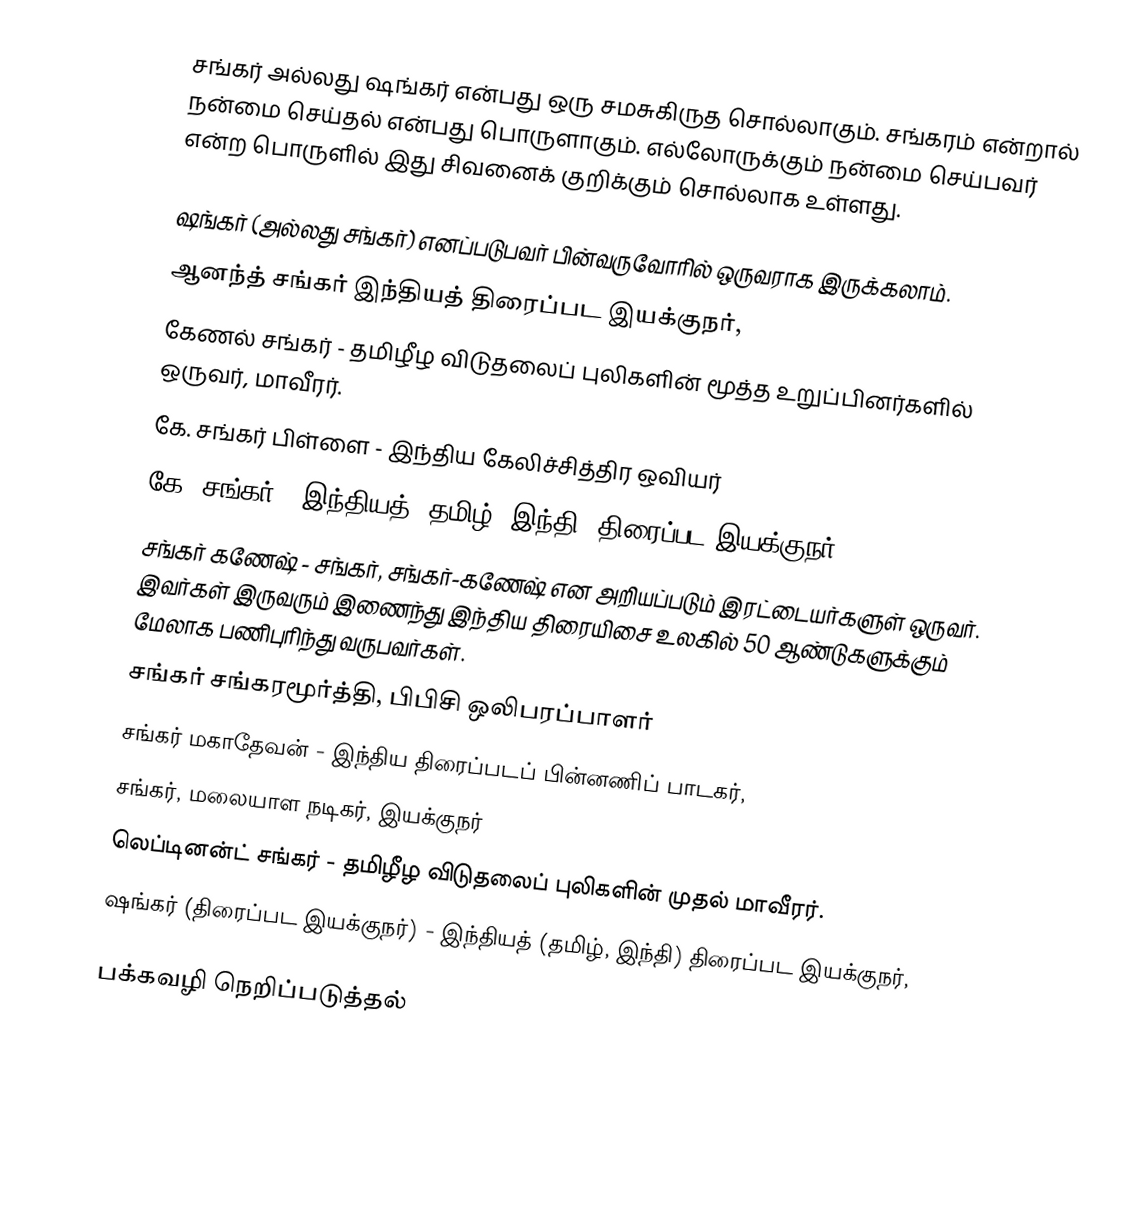
சங்கர் அல்லது ஷங்கர் என்பது ஒரு சமசுகிருத சொல்லாகும். சங்கரம் என்றால் நன்மை செய்தல் என்பது பொருளாகும். எல்லோருக்கும் நன்மை செய்பவர் என்ற பொருளில் இது சிவனைக் குறிக்கும் சொல்லாக உள்ளது.

ஷங்கர் (அல்லது சங்கர்) எனப்படுபவர் பின்வருவோரில் ஒருவராக இருக்கலாம்.
 ஆனந்த் சங்கர் இந்தியத்  திரைப்பட இயக்குநர்,
 கேணல் சங்கர் - தமிழீழ விடுதலைப் புலிகளின் மூத்த உறுப்பினர்களில் ஒருவர், மாவீரர்.
 கே. சங்கர் பிள்ளை - இந்திய கேலிச்சித்திர ஒவியர்
 கே. சங்கர் - இந்தியத் (தமிழ், இந்தி) திரைப்பட இயக்குநர்
 சங்கர் கணேஷ் - சங்கர், சங்கர்-கணேஷ் என அறியப்படும் இரட்டையர்களுள் ஒருவர். இவர்கள் இருவரும் இணைந்து இந்திய திரையிசை உலகில் 50 ஆண்டுகளுக்கும் மேலாக பணிபுரிந்து வருபவர்கள்.
 சங்கர் சங்கரமூர்த்தி, பிபிசி ஒலிபரப்பாளர்
 சங்கர் மகாதேவன் - இந்திய திரைப்படப் பின்னணிப் பாடகர்,
 சங்கர், மலையாள நடிகர், இயக்குநர்
 லெப்டினன்ட் சங்கர் - தமிழீழ விடுதலைப் புலிகளின் முதல் மாவீரர்.
 ஷங்கர் (திரைப்பட இயக்குநர்) - இந்தியத் (தமிழ், இந்தி) திரைப்பட இயக்குநர்,

பக்கவழி நெறிப்படுத்தல்